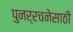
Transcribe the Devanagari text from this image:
पुनर्रचनेसाठी